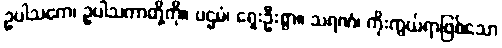
ဥပါသကေ၊ ဥပါသကာတို့ကို။ ပဌမံ၊ ရှေးဦးစွာ။ သရဏံ၊ ကိုးကွယ်ရာဖြစ်သော